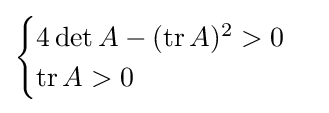
{\begin{cases}4\det A-(\operatorname {tr} A)^{2}>0\\\operatorname {tr} A>0\end{cases}}